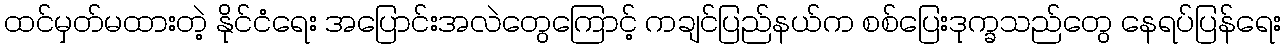
ထင်မှတ်မထားတဲ့ နိုင်ငံရေး အပြောင်းအလဲတွေကြောင့် ကချင်ပြည်နယ်က စစ်ပြေးဒုက္ခသည်တွေ နေရပ်ပြန်ရေး